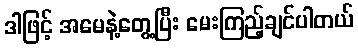
ဒါဖြင့် အမေနဲ့တွေ့ပြီး မေးကြည့်ချင်ပါတယ်